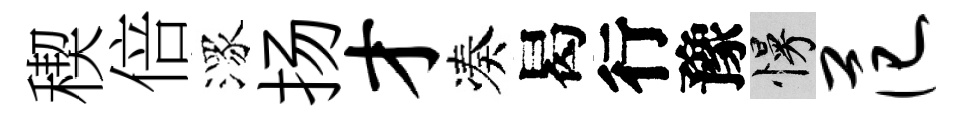
稧倍潈扬才凑曷行豫慢范